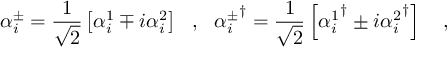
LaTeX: \alpha _ { i } ^ { \pm } = \frac { 1 } { \sqrt { 2 } } \left[ \alpha _ { i } ^ { 1 } \mp i \alpha _ { i } ^ { 2 } \right] \ \ , \ \ { \alpha _ { i } ^ { \pm } } ^ { \dagger } = \frac { 1 } { \sqrt { 2 } } \left[ { \alpha _ { i } ^ { 1 } } ^ { \dagger } \pm i { \alpha _ { i } ^ { 2 } } ^ { \dagger } \right] \ \ \ ,